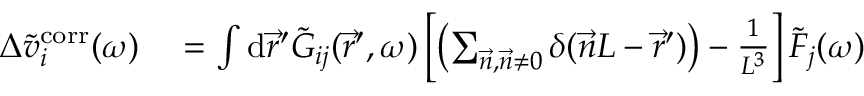
\begin{array} { r l } { \Delta \Tilde { v } _ { i } ^ { \mathrm { c o r r } } ( \omega ) } & { { } = \int \mathrm { d } \vec { r } ^ { \prime } \Tilde { G } _ { i j } ( \vec { r } ^ { \prime } , \omega ) \left[ \left( \sum _ { \vec { n } , \vec { n } \neq 0 } \delta ( \vec { n } L - \vec { r } ^ { \prime } ) \right) - \frac { 1 } { L ^ { 3 } } \right] \Tilde { F } _ { j } ( \omega ) } \end{array}